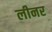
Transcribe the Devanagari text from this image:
लीनर